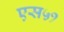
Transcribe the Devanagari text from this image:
एस५१